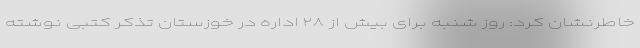
خاطرنشان کرد: روز شنبه برای بیش از ۲۸ اداره در خوزستان تذکر کتبی نوشته